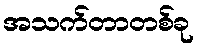
အသက်တာတစ်ခု